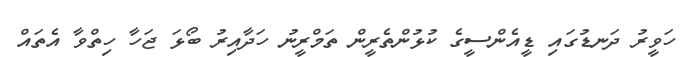
ހަވީރު ދަނޑުގައި ޑީއެންސީގެ ކުޅުންތެރީން ތަމްރީނު ހަދާއިރު ބޯޅަ ޖަހާ ހިތްވާ އެތައް